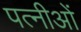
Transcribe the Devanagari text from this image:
पत्नीओं